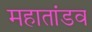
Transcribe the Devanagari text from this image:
महातांडव